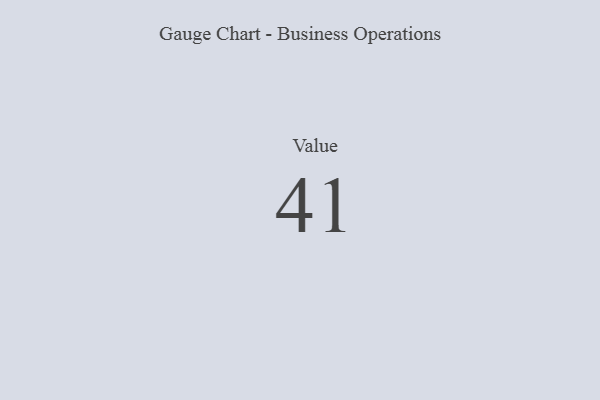
{"axis": {"x": "Metric", "y": "Value"}, "legend": [""], "data": [{"x": "Value", "y": 41, "type": ""}]}